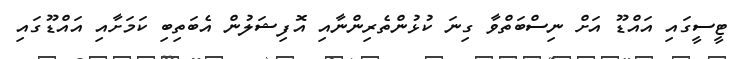
ޓީސީގައި އައްޑޫ އަށް ނިސްބަތްވާ ގިނަ ކުޅުންތެރިންނާއި އޮފިޝަލުން އެބަތިބި ކަމަށާއި އައްޑޫގައި